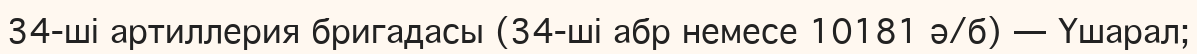
34-ші артиллерия бригадасы (34-ші абр немесе 10181 ә/б) — Үшарал;